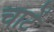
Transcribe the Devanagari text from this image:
चाटें